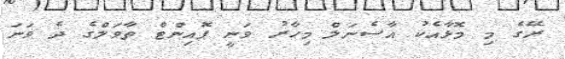
ރޭގެ މި މޮޅާއެކު އާސެނަލް މިހާރު ވަނީ ޕޮއިންޓް ތާވަލްގެ ދެ ވަނަ